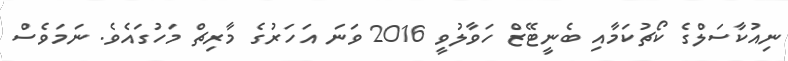
ނިއުކާސަލްގެ ކޯޗުކަމާއި ބެނީޓޭޒް ހަވާލުވީ 2016 ވަނަ އަހަރުގެ މާރިޗް މަހުގައެވެ. ނަމަވެސް